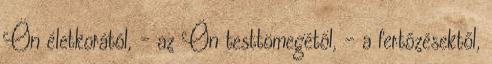
Ön életkorától, - az Ön testtömegétől, - a fertőzésektől,